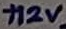
Text: +12V